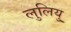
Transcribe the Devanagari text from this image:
लुलियु